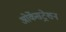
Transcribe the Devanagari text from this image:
ओर्केसट्रेशन